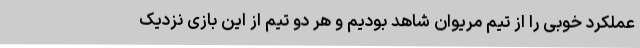
عملکرد خوبی را از تیم مریوان شاهد بودیم و هر دو تیم از این بازی نزدیک